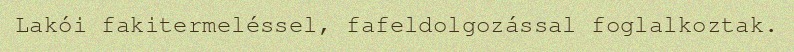
Lakói fakitermeléssel, fafeldolgozással foglalkoztak.